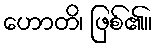
ဟောတိ၊ ဖြစ်၏။